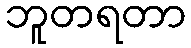
ဘူတရတာ